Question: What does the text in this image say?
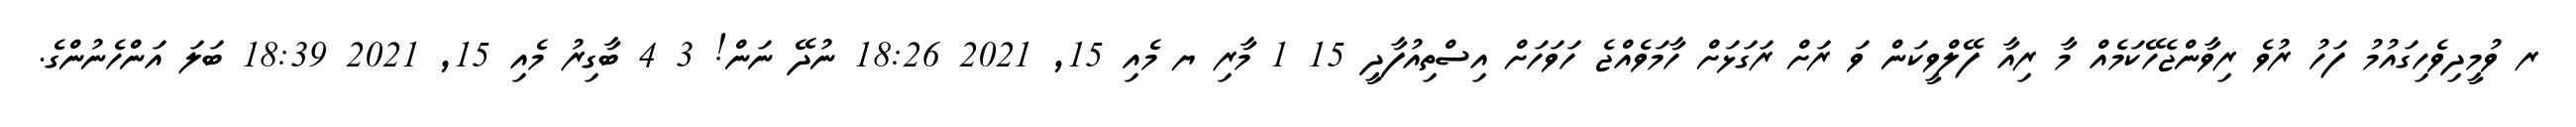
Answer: ރ ވުމީދިވެހިގައުމު ފަހު ރުވެ ރިވާންޖެހޭކަމެއް މާ ރިއާ ފޭލްވީކަން ވަ ރަށް ރަގަޅަށް ހާމަވެއްޖެ ހަވަހަށް އިސްތިއުފާދީ 15 1 މާރި ޔ މެއި 15, 2021 18:26 ނުދޭ ނަން! 3 4 ބާގިރު މެއި 15, 2021 18:39 ބަލަ އަންހެނުންގެ.